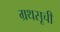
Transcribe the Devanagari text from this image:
ग्रथसूची